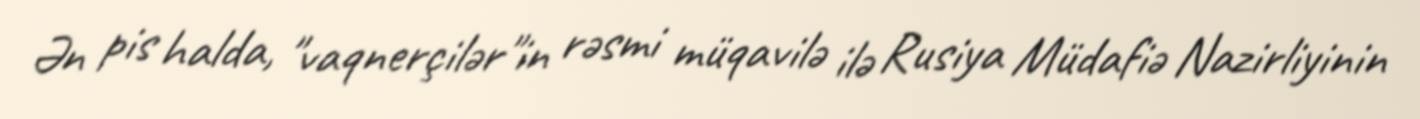
Ən pis halda, "vaqnerçilər"in rəsmi müqavilə ilə Rusiya Müdafiə Nazirliyinin